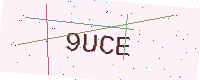
Text: 9UCE